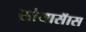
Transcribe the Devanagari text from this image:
सोयासॅास